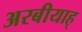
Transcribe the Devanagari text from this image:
अरबीयाह्